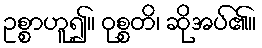
ဥစ္စာဟူ၍။ ဝုစ္စတိ၊ ဆိုအပ်၏။